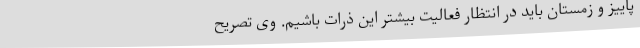
پاییز و زمستان باید در انتظار فعالیت بیشتر این ذرات باشیم. وی تصریح